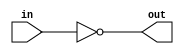
module Timing (input in, output out);
	assign out = !in;
endmodule